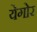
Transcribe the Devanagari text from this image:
येगोर